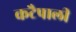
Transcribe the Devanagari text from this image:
कटैपाली